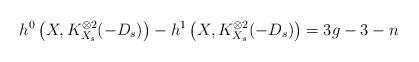
LaTeX: \begin{align*}h^0\left(X, K_{X_s}^{\otimes 2}(-D_s)\right) - h^1\left(X, K_{X_s}^{\otimes 2}(-D_s)\right) = 3g-3 - n\end{align*}